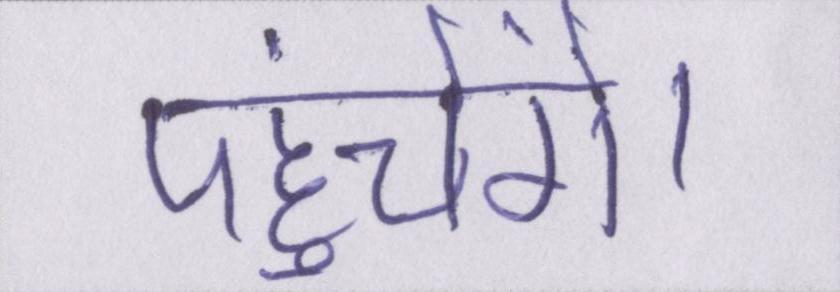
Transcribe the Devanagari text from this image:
पहुंचेंगे।